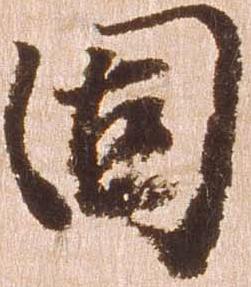
固